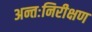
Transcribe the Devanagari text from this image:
अन्तःनिरीक्षण